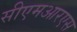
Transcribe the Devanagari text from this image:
सीएमआरएस